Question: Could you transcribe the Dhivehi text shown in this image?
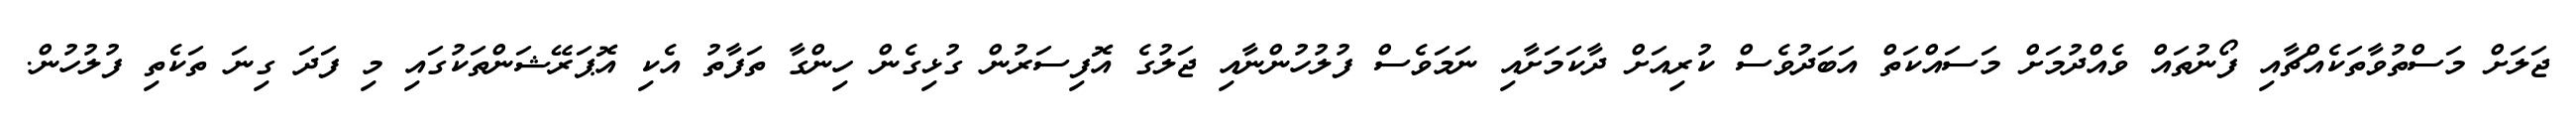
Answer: ޖަލަށް މަސްތުވާތަކެއްޗާއި ފޯނުތައް ވެއްދުމަށް މަސައްކަތް އަބަދުވެސް ކުރިއަށް ދާކަމަށާއި ނަމަވެސް ފުލުހުންނާއި ޖަލުގެ އޮފިސަރުން ގުޅިގެން ހިންގާ ތަފާތު އެކި އޮޕަރޭޝަންތަކުގައި މި ފަދަ ގިނަ ތަކެތި ފުލުހުން.